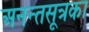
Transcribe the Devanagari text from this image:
अनन्तसूत्रका